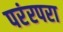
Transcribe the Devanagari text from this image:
परंरपरा